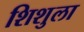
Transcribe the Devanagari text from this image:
शिशुला